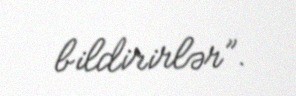
bildirirlər”.